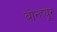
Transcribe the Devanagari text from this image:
बोन्हयूर